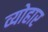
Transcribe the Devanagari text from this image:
व्योहार